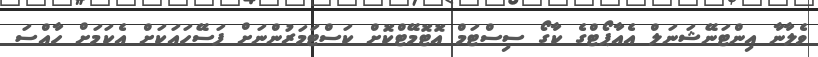
ވެލާނާ އިންޓަނޭޝަނަލް އެއާޕޯޓްގެ ކާގޯ ސިސްޓަމް އޮޓޮމޭޓްކޮށް ކަސްޓަމަރުންނަށް ފަސޭހައަކަށް އެކަމަށް ހާއްސަ